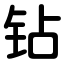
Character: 钻